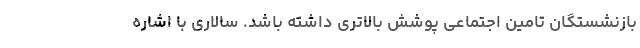
بازنشستگان تامین اجتماعی پوشش بالاتری داشته باشد. سالاری با اشاره